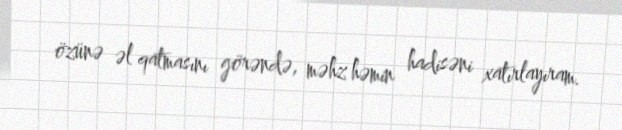
özünə əl qatmasını görəndə, məhz həmin hadisəni xatırlayıram.